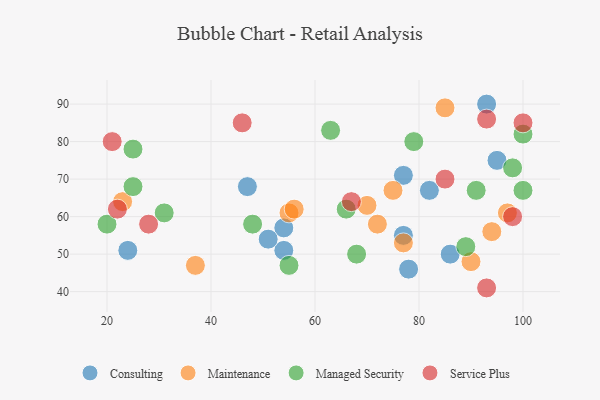
{"axis": {"x": "GDP", "y": "Life Expectancy"}, "legend": ["Consulting", "Maintenance", "Managed Security", "Service Plus"], "data": [{"x": "78", "y": 46, "type": "Consulting"}, {"x": "24", "y": 51, "type": "Consulting"}, {"x": "95", "y": 75, "type": "Consulting"}, {"x": "54", "y": 51, "type": "Consulting"}, {"x": "77", "y": 55, "type": "Consulting"}, {"x": "54", "y": 57, "type": "Consulting"}, {"x": "47", "y": 68, "type": "Consulting"}, {"x": "93", "y": 90, "type": "Consulting"}, {"x": "51", "y": 54, "type": "Consulting"}, {"x": "77", "y": 71, "type": "Consulting"}, {"x": "86", "y": 50, "type": "Consulting"}, {"x": "82", "y": 67, "type": "Consulting"}, {"x": "77", "y": 53, "type": "Maintenance"}, {"x": "23", "y": 64, "type": "Maintenance"}, {"x": "70", "y": 63, "type": "Maintenance"}, {"x": "55", "y": 61, "type": "Maintenance"}, {"x": "94", "y": 56, "type": "Maintenance"}, {"x": "56", "y": 62, "type": "Maintenance"}, {"x": "72", "y": 58, "type": "Maintenance"}, {"x": "85", "y": 89, "type": "Maintenance"}, {"x": "75", "y": 67, "type": "Maintenance"}, {"x": "37", "y": 47, "type": "Maintenance"}, {"x": "90", "y": 48, "type": "Maintenance"}, {"x": "97", "y": 61, "type": "Maintenance"}, {"x": "20", "y": 58, "type": "Managed Security"}, {"x": "100", "y": 82, "type": "Managed Security"}, {"x": "100", "y": 67, "type": "Managed Security"}, {"x": "79", "y": 80, "type": "Managed Security"}, {"x": "91", "y": 67, "type": "Managed Security"}, {"x": "68", "y": 50, "type": "Managed Security"}, {"x": "25", "y": 68, "type": "Managed Security"}, {"x": "25", "y": 78, "type": "Managed Security"}, {"x": "66", "y": 62, "type": "Managed Security"}, {"x": "48", "y": 58, "type": "Managed Security"}, {"x": "98", "y": 73, "type": "Managed Security"}, {"x": "31", "y": 61, "type": "Managed Security"}, {"x": "63", "y": 83, "type": "Managed Security"}, {"x": "89", "y": 52, "type": "Managed Security"}, {"x": "55", "y": 47, "type": "Managed Security"}, {"x": "67", "y": 64, "type": "Service Plus"}, {"x": "100", "y": 85, "type": "Service Plus"}, {"x": "98", "y": 60, "type": "Service Plus"}, {"x": "85", "y": 70, "type": "Service Plus"}, {"x": "93", "y": 41, "type": "Service Plus"}, {"x": "22", "y": 62, "type": "Service Plus"}, {"x": "21", "y": 80, "type": "Service Plus"}, {"x": "46", "y": 85, "type": "Service Plus"}, {"x": "93", "y": 86, "type": "Service Plus"}, {"x": "28", "y": 58, "type": "Service Plus"}]}